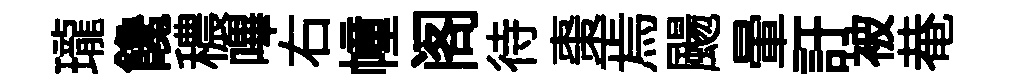
瓏饞穠嗶右幢阁待棗焉颺暈訏被𤲅